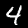
Digit: 4